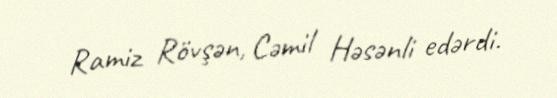
Ramiz Rövşən, Cəmil Həsənli edərdi.